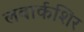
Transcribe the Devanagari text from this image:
लवार्कशिर